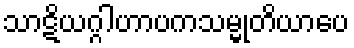
သာဋိယဂ္ဂါဟာပကသမ္မုတိယာပေ